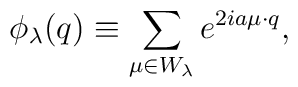
\phi_{\lambda}(q)\equiv\sum_{\mu\in W_{\lambda}}e^{2ia\mu\cdot q},